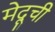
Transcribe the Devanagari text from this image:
मेदूची